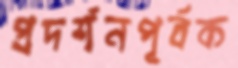
প্রদর্শনপূর্বক